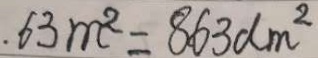
. 6 3 m ^ { 2 } = 8 6 3 d m ^ { 2 }